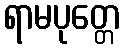
ရာမပုတ္တေ